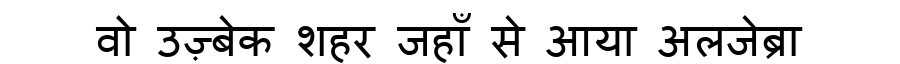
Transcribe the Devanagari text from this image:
वो उज़्बेक शहर जहाँ से आया अलजेब्रा